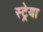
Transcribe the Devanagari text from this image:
स्ट्रेया